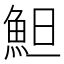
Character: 䱇